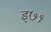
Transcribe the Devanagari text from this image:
इ७१